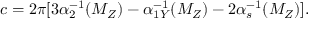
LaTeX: c = 2 \pi [ 3 \alpha _ { 2 } ^ { - 1 } ( M _ { Z } ) - \alpha _ { 1 Y } ^ { - 1 } ( M _ { Z } ) - 2 \alpha _ { s } ^ { - 1 } ( M _ { Z } ) ] .